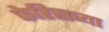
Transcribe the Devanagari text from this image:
फेरिसच्या